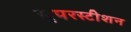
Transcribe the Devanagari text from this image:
सुपरस्टीशन